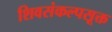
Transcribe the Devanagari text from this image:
शिवसंकल्पसूक्त